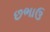
છભાઉ